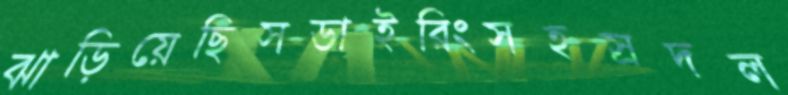
ঝাড়িয়েছিসডাইরিংসহস্রদল